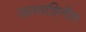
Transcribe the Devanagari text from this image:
जलवाहिनीत